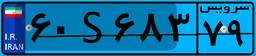
۶۰S۶۸۳۷۹